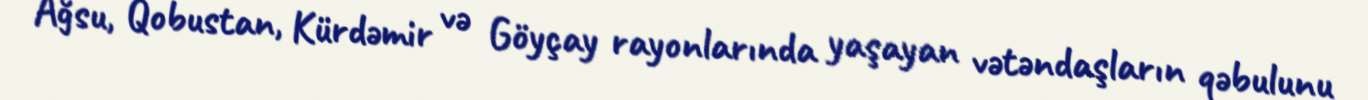
Ağsu, Qobustan, Kürdəmir və Göyçay rayonlarında yaşayan vətəndaşların qəbulunu